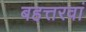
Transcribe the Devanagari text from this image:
बहत्तरवां